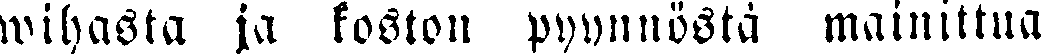
wihasta ja koston pyynnösta mainittua